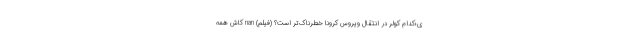
ی؛کدام کولر در انتقال ویروس کرونا خطرناک‌تر است؟ (فیلم) nan کاش همه